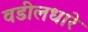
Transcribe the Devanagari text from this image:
वडीलधारे